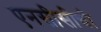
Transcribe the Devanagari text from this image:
एनसीसीची